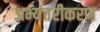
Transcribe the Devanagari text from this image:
अभ्यंतरीकरण